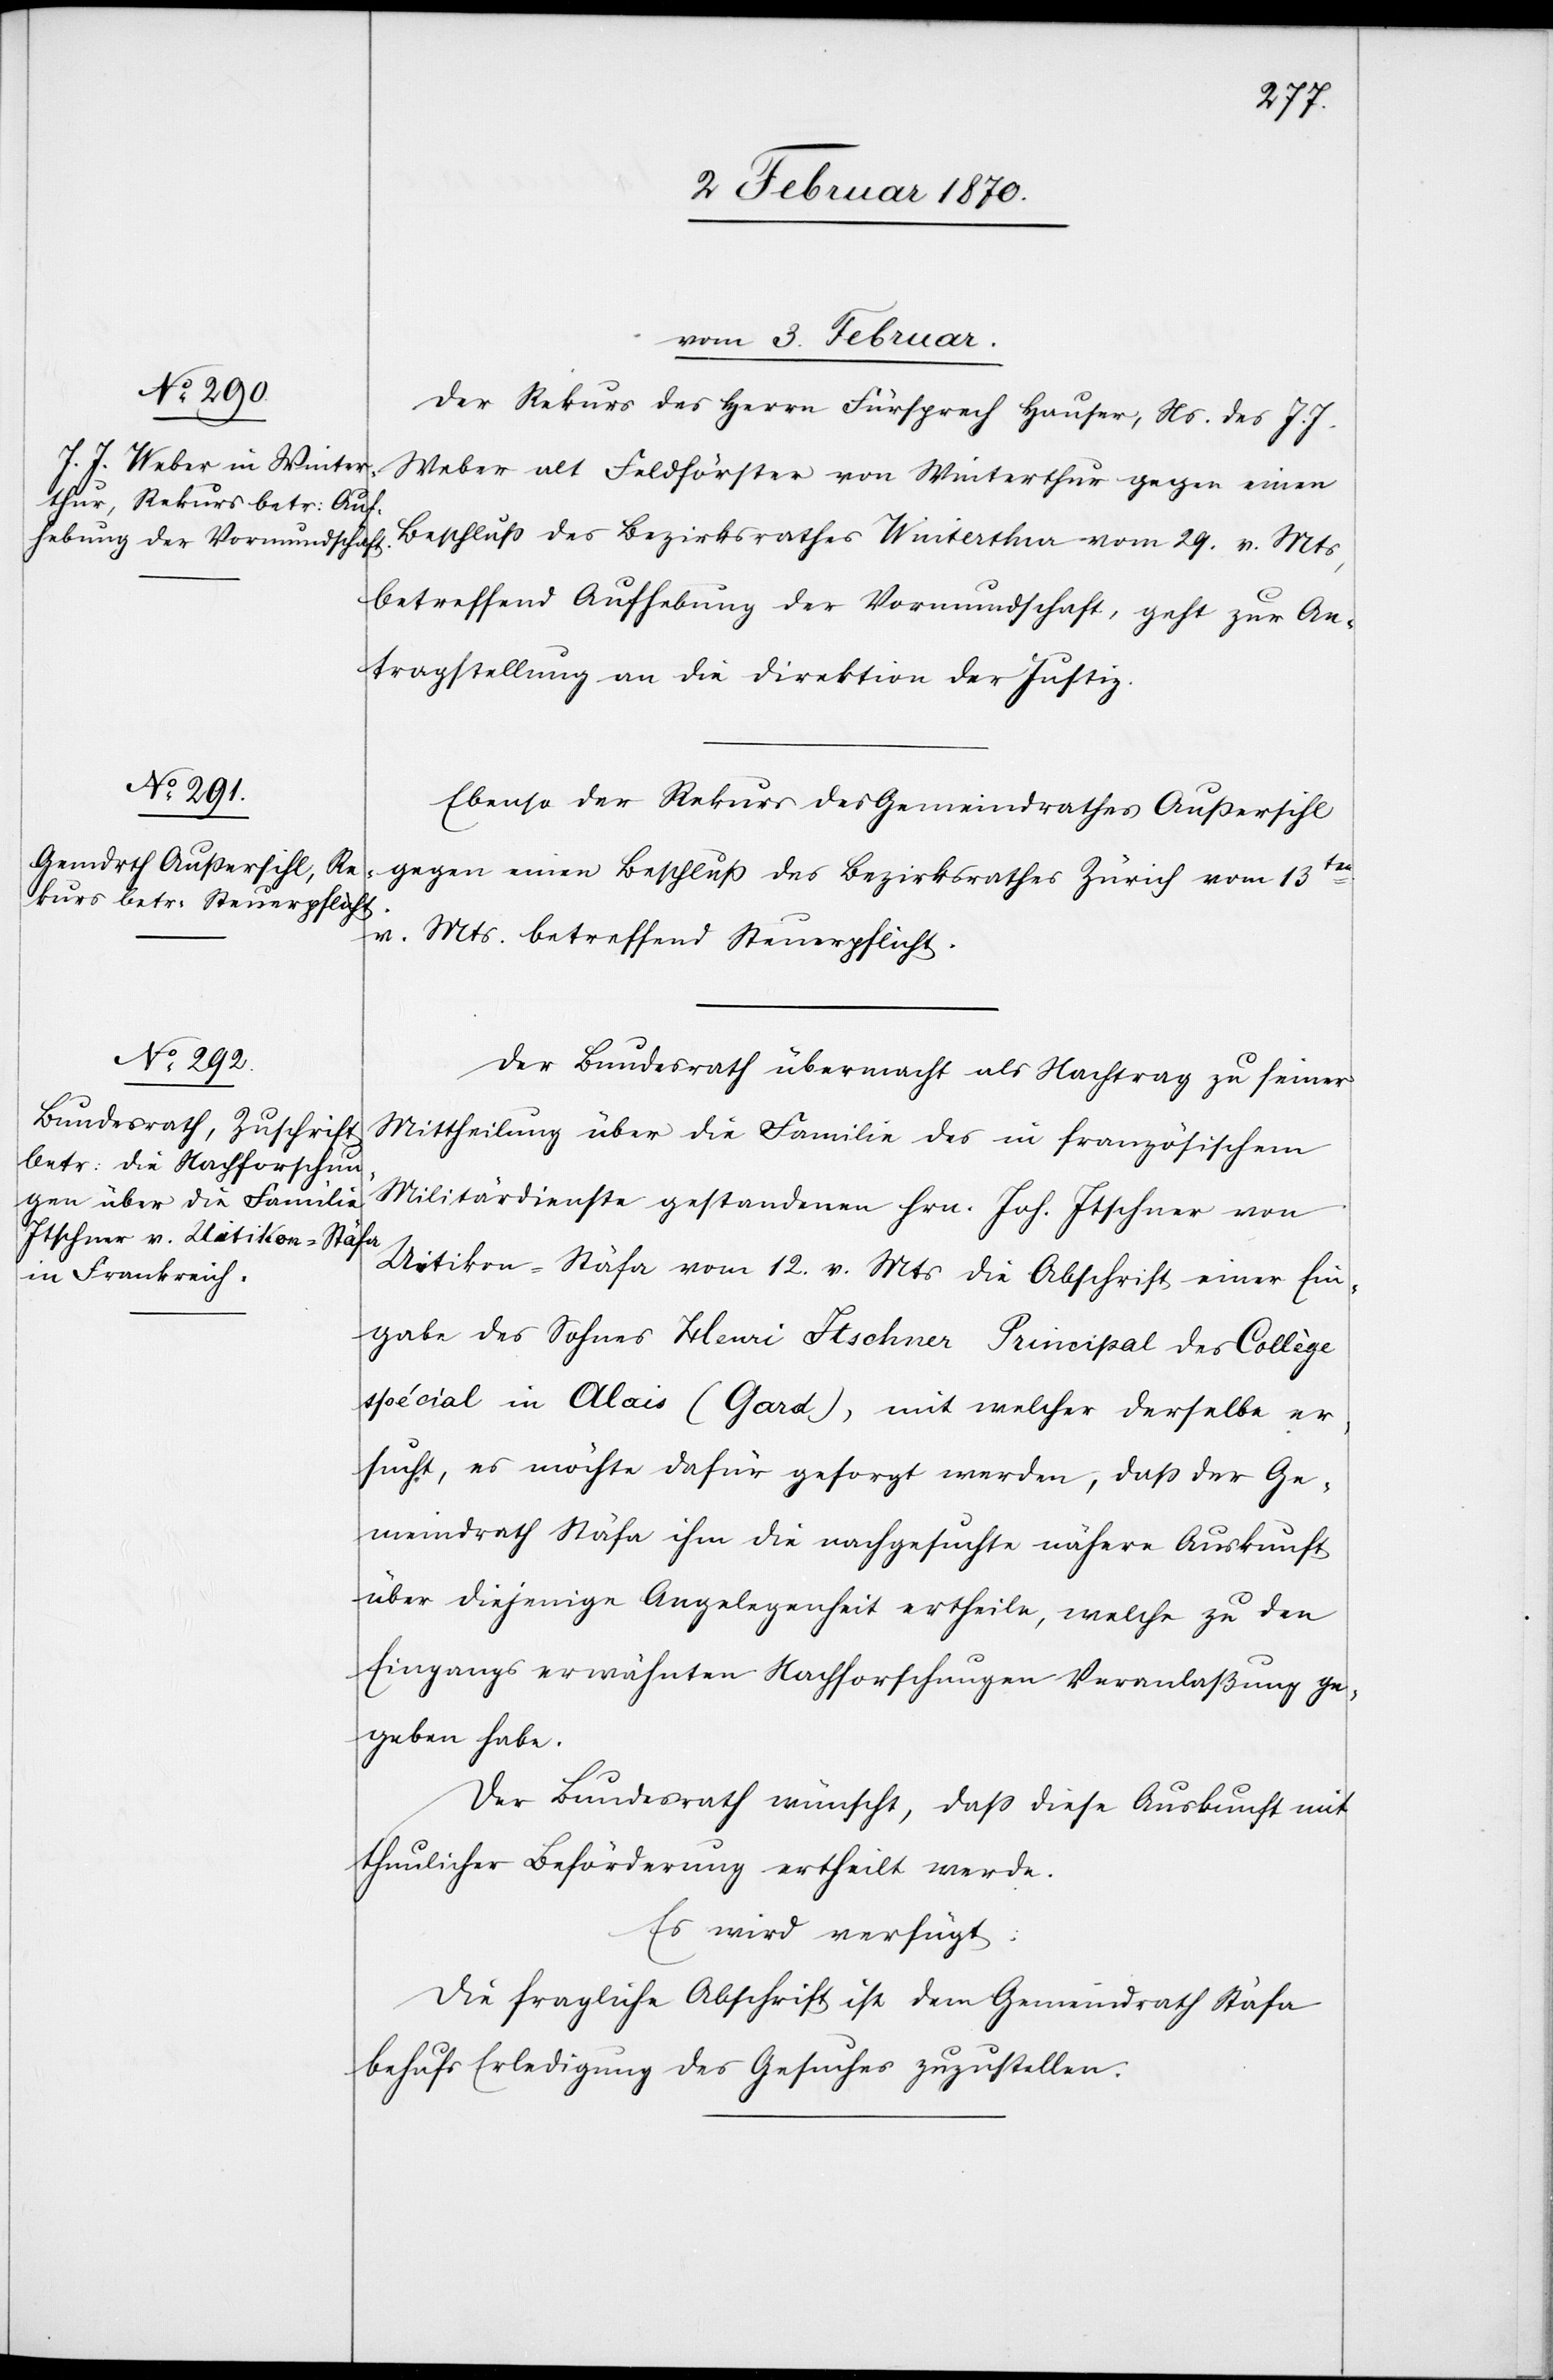
vom 3. Februar.]
Der Rekurs des Herrn Fürsprech Hauser, Ns. des J. J.
Weber alt Feldförster von Winterthur gegen einen
Beschluss des Bezirksrathes Winterthur vom 29. v. Mts,
betreffend Aufhebung der Vormundschaft, geht zur An¬
tragstellung an die Direktion der Justiz.
Ebenso der Rekurs des Gemeindrathes Außersihl
gegen einen Beschluß des Bezirksrathes Zürich vom 13ten
v.
Mts. betreffend Steuerpflicht.
Der Bundesrath übermacht als Nachtrag zu seiner
Mittheilung über die Familie des in französischem
Militärdienste gestandenen Hrn. Joh. Itschner von
Uitikon-Stäfa vom 12. v. Mts die Abschrift einer Ein¬
gabe des Sohnes Henri Itschner Principal des Collège
spécial in Alais (Gard), mit welcher derselbe er¬
sucht, es möchte dafür gesorgt werden, daß der Ge¬
meindrath Stäfa ihm die nachgesuchte nähere Auskunft
über diejenige Angelegenheit ertheile, welche zu den
Eingangs erwähnten Nachforschungen Veranlaßung ge¬
geben habe.
Der Bundesrath wünscht, dass diese Auskunft mit
thunlicher Beförderung ertheilt werde.
Es wird verfügt:
Die fragliche Abschrift ist dem Gemeindrath Stäfa
behufs Erledigung des Gesuches zuzustellen.